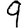
Digit: 9